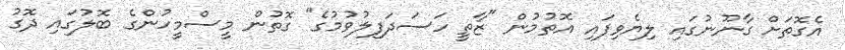
އެގޮތަށް ގާނޫނުގައި ލިޔެވިފައި އޮތުމުން "ޒާތީ ހަސަދަފިލުވުމުގެ" ގޮތުން މީސްމީހުންގެ ބޮލުގައި ދޮގު